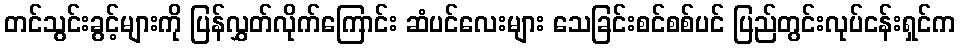
တင်သွင်းခွင့်များကို ပြန်လွှတ်လိုက်ကြောင်း ဆံပင်လေးများ သေခြင်းစင်စစ်ပင် ပြည်တွင်းလုပ်ငန်းရှင်က